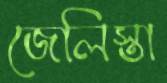
জেলিস্তা